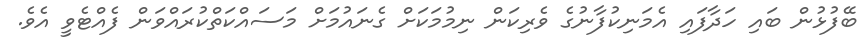
ބޭފުޅުން ބައި ހަދާފައި އެމަނިކުފާނުގެ ވެރިކަން ނިމުމަކަށް ގެނައުމަށް މަސައްކަތްކުރައްވަން ފެއްޓެވީ އެވެ.